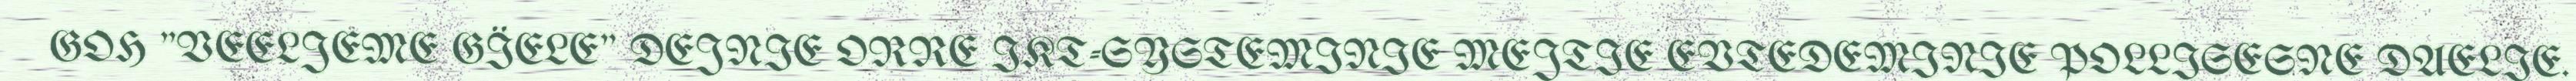
GOH "VEELJEME GÏELE" DEJNIE ORRE IKT-SYSTEMINIE MEJTIE EVTEDEMINIE POLLISESNE DAELIE.